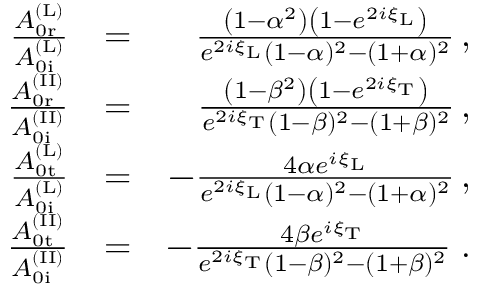
\begin{array} { r l r } { \frac { A _ { \mathrm { 0 r } } ^ { \mathrm { ( L ) } } } { A _ { \mathrm { 0 i } } ^ { \mathrm { ( L ) } } } } & { = } & { \frac { \left( 1 - \alpha ^ { 2 } \right) \left( 1 - e ^ { 2 i \xi _ { \mathrm { L } } } \right) } { e ^ { 2 i \xi _ { \mathrm { L } } } ( 1 - \alpha ) ^ { 2 } - ( 1 + \alpha ) ^ { 2 } } \, , } \\ { \frac { A _ { \mathrm { 0 r } } ^ { \mathrm { ( I I ) } } } { A _ { \mathrm { 0 i } } ^ { \mathrm { ( I I ) } } } } & { = } & { \frac { \left( 1 - \beta ^ { 2 } \right) \left( 1 - e ^ { 2 i \xi _ { \mathrm { T } } } \right) } { e ^ { 2 i \xi _ { \mathrm { T } } } ( 1 - \beta ) ^ { 2 } - ( 1 + \beta ) ^ { 2 } } \, , } \\ { \frac { A _ { \mathrm { 0 t } } ^ { \mathrm { ( L ) } } } { A _ { \mathrm { 0 i } } ^ { \mathrm { ( L ) } } } } & { = } & { - \frac { 4 \alpha e ^ { i \xi _ { \mathrm { L } } } } { e ^ { 2 i \xi _ { \mathrm { L } } } ( 1 - \alpha ) ^ { 2 } - ( 1 + \alpha ) ^ { 2 } } \, , } \\ { \frac { A _ { \mathrm { 0 t } } ^ { \mathrm { ( I I ) } } } { A _ { \mathrm { 0 i } } ^ { \mathrm { ( I I ) } } } } & { = } & { - \frac { 4 \beta e ^ { i \xi _ { \mathrm { T } } } } { e ^ { 2 i \xi _ { \mathrm { T } } } ( 1 - \beta ) ^ { 2 } - ( 1 + \beta ) ^ { 2 } } \; . } \end{array}